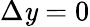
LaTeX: \Delta\mathit{y}=0